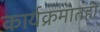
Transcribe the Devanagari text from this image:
कार्यक्रमातही